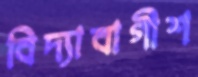
বিদ্যাবাগীশ